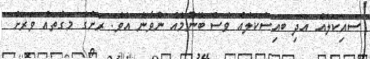
ސައިކަލެއް އަދި ބައިސްކަލެއް ވެސް ބޭނުމެއް ނުވާނެ އެވެ. ރަށުގެ މަގުތައް ވަރަށް